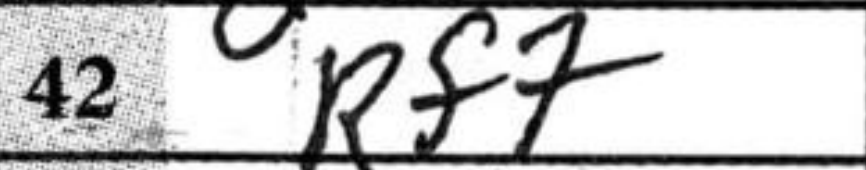
Transcription: Rf7